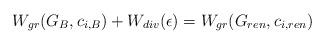
LaTeX: \begin{align*}W_{gr}(G_B, c_{i, B})+W_{div}(\epsilon)=W_{gr} (G_{ren}, c_{i,ren})\end{align*}